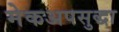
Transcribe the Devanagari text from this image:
मेकअपसुद्धा